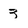
Character: 3